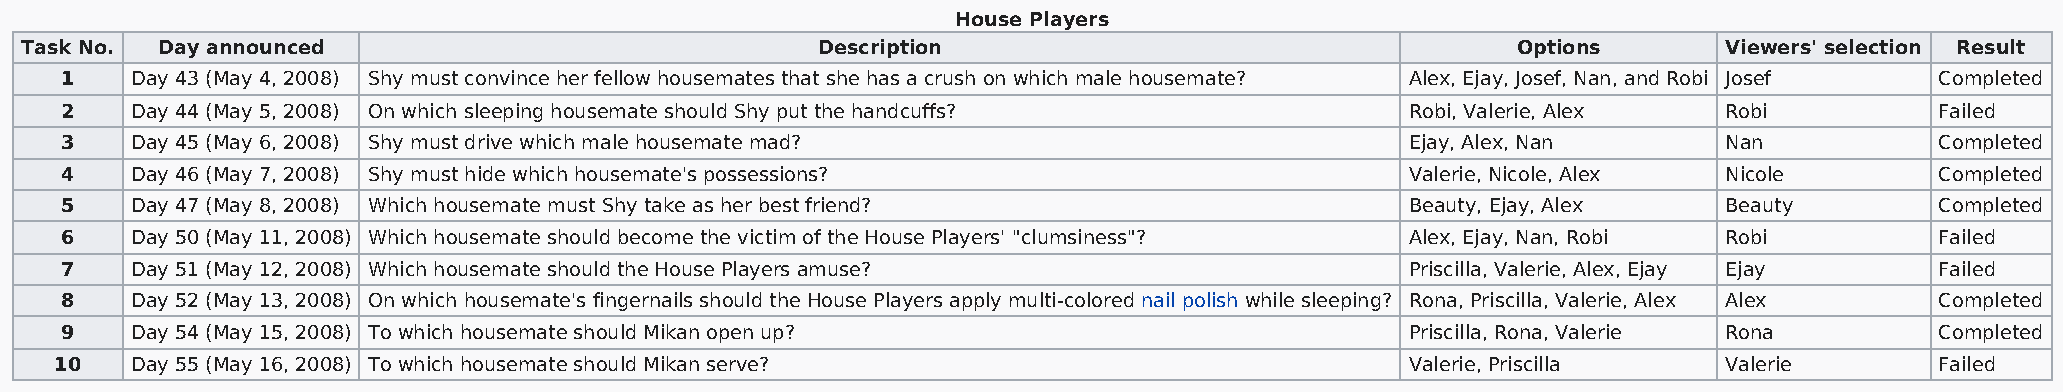
House Players
 Task No. Day announced                               Description                                   Options       Viewers' selection Result
 1    Day 43 (May 4, 2008) Shy must convince her fellow housemates that she has a crush on which male housemate? Alex, Ejay, Josef, Nan, and Robi Josef Completed
 2    Day 44 (May 5, 2008) On which sleeping housemate should Shy put the handcuffs?      Robi, Valerie, Alex  Robi          Failed
 3    Day 45 (May 6, 2008) Shy must drive which male housemate mad?                       Ejay, Alex, Nan      Nan           Completed
 4    Day 46 (May 7, 2008) Shy must hide which housemate's possessions?                   Valerie, Nicole, Alex Nicole       Completed
 5    Day 47 (May 8, 2008) Which housemate must Shy take as her best friend?              Beauty, Ejay, Alex   Beauty        Completed
 6    Day 50 (May 11, 2008) Which housemate should become the victim of the House Players' "clumsiness"? Alex, Ejay, Nan, Robi Robi Failed
 7    Day 51 (May 12, 2008) Which housemate should the House Players amuse?               Priscilla, Valerie, Alex, Ejay Ejay Failed
 8    Day 52 (May 13, 2008) On which housemate's fingernails should the House Players apply multi-colored nail polish while sleeping? Rona, Priscilla, Valerie, Alex Alex Completed
 9    Day 54 (May 15, 2008) To which housemate should Mikan open up?                      Priscilla, Rona, Valerie Rona      Completed
 10   Day 55 (May 16, 2008) To which housemate should Mikan serve?                        Valerie, Priscilla   Valerie       Failed